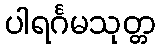
ပါရင်္ဂမသုတ္တ